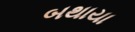
બથાયા